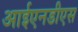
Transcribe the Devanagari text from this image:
आईएनडीएस